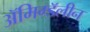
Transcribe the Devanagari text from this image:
ॲमिग्डॅलीन